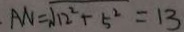
A N = \sqrt { 1 2 ^ { 2 } + 5 ^ { 2 } } = 1 3